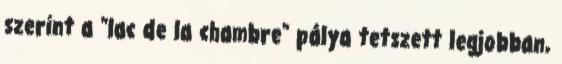
szerint a "lac de la chambre" pálya tetszett legjobban,